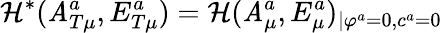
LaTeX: {\cal\mathcal{H}}^{*}(\mathit{A}_{T\mu}^{a},E_{T\mu}^{a})={\cal\mathcal{H}}(\mathit{A}_{\mu}^{a},E_{\mu}^{a})_{\mid\varphi^{a}=0,c^{a}=0}